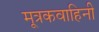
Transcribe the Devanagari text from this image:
मूत्रकवाहिनी